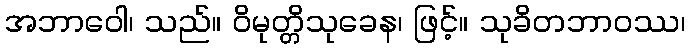
အဘာဝေါ၊ သည်။ ဝိမုတ္တိသုခေန၊ ဖြင့်။ သုခိတဘာဝဿ၊